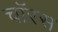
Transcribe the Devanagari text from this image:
चॉरस